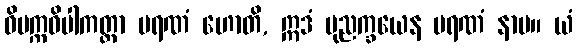
ဝိပက္ကဝိပါကတ္တာ မရဏံ ဟောတိ, ဣဒံ ပုညက္ခယေန မရဏံ နာမ။ ယံ